Civil Veterinary Department. Madras. Admin. report 1910-25 - 1910-1925
Year: 1910
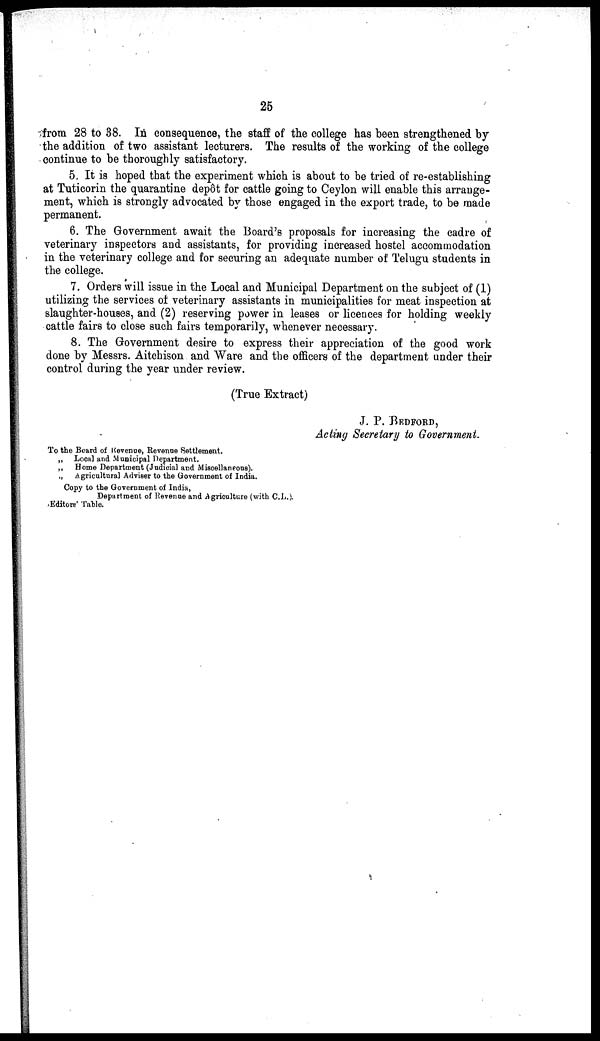
25
from 28 to 38. In consequence, the staff of the college has been strengthened by
the addition of two assistant lecturers. The results of the working of the college
continue to be thoroughly satisfactory.
5. It is hoped that the experiment which is about to be tried of re-establishing
at Tuticorin the quarantine depôt for cattle going to Ceylon will enable this arrange-
ment, which is strongly advocated by those engaged in the export trade, to be made
permanent.
6. The Government await the Board's proposals for increasing the cadre of
veterinary inspectors and assistants, for providing increased hostel accommodation
in the veterinary college and for securing an adequate number of Telugu students in
the college.
7. Orders will issue in the Local and Municipal Department on the subject of (1)
utilizing the services of veterinary assistants in municipalities for meat inspection at
slaughter-houses, and (2) reserving power in leases or licences for holding weekly
cattle fairs to close such fairs temporarily, whenever necessary.
8. The Government desire to express their appreciation of the good work
done by Messrs. Aitchison and Ware and the officers of the department under their
control during the year under review.
(True Extract)
J. P. BEDFORD,
Acting Secretary to Government.
To the Board of Revenue, Revenue Settlement.
„
Local and Municipal Department.
„
Home Department (Judicial and Miscellaneous).
„
Agricultural Adviser to the Government of India.
Copy to the Government of India,
Department of Revenue and Agriculture (with C.D.).
Editore' Table.